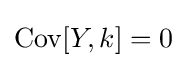
\operatorname {Cov} [Y,k]=0